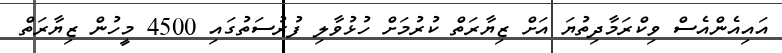
އައިއެންއެސް ވިކްރަމާދިތުޔަ އަށް ޒިޔާރަތް ކުރުމަށް ހުޅުވާލި ފުރުސަތުގައި 4500 މީހުން ޒިޔާރަތް